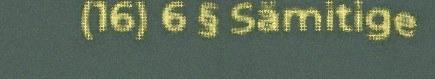
(16) 6 § Sämitige